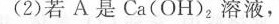
(2)若A是C_{a}(OH)_{2}溶液，